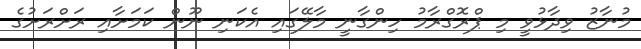
މުނާޒު ވިދާޅުވީ މި ޕްރޮގްރާމު ހިންގާނީ މާލޭގައި އެކަނި ނޫން ކަމަށާއި ރަށްރަށުގެ